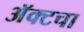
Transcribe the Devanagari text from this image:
अॅक्टचा